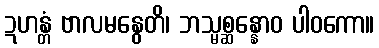
ဍဟန္တံ ဗာလမနွေတိ၊ ဘသ္မစ္ဆန္နောဝ ပါဝကော။